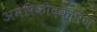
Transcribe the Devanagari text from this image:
अमेरिकीदक्षिण